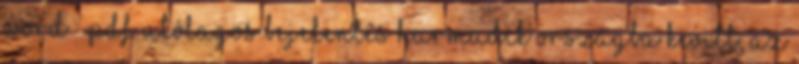
Word Pdf Utólagos bejelentés harmadik országba kivitt, az